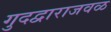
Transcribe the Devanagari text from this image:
गुदद्वाराजवळ